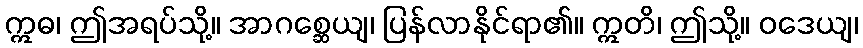
ဣဓ၊ ဤအရပ်သို့။ အာဂစ္ဆေယျ၊ ပြန်လာနိုင်ရာ၏။ ဣတိ၊ ဤသို့။ ဝဒေယျ၊